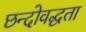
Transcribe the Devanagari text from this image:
छन्दोवद्धता